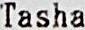
TASHA